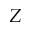
Z